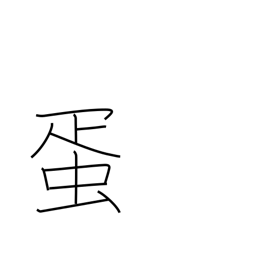
Meaning: egg